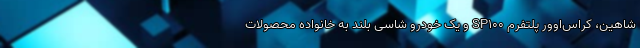
شاهین، کراس‌اوور پلتفرم SP100 و یک خودرو شاسی بلند به خانواده محصولات